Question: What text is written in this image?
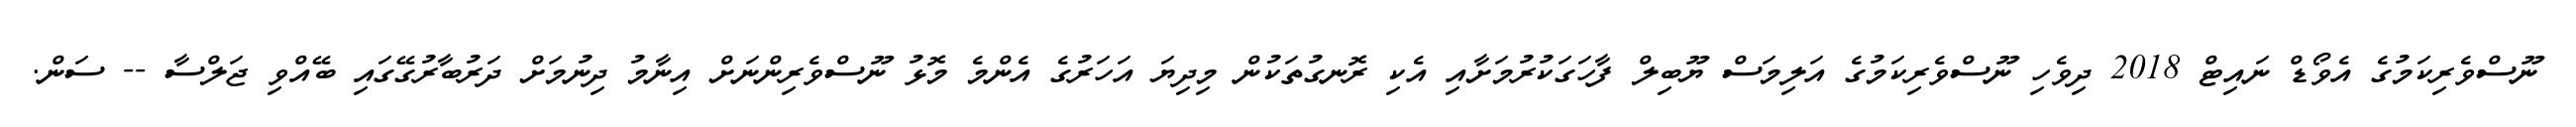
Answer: ނޫސްވެރިކަމުގެ އެވޯޑް ނައިޓް 2018 ދިވެހި ނޫސްވެރިކަމުގެ އަލިމަސް ޔޫބިލް ފާހަގަކުރުމަށާއި އެކި ރޮނގުތަކުން މިދިޔަ އަހަރުގެ އެންމެ މޮޅު ނޫސްވެރިންނަށް އިނާމު ދިނުމަށް ދަރުބާރުގޭގައި ބޭއްވި ޖަލްސާ -- ސަން.